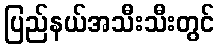
ပြည်နယ်အသီးသီးတွင်